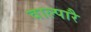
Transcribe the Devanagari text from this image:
वाल्पारै